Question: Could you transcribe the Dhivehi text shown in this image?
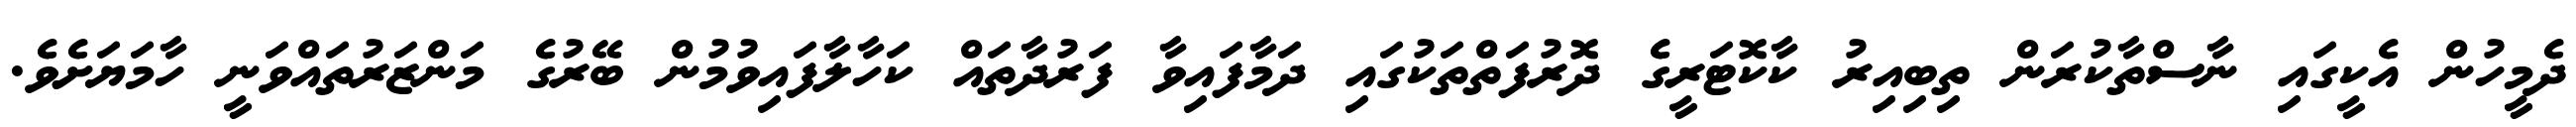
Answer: ދެމީހުން އެކީގައި ނާސްތާކުރަން ތިބިއިރު ކާކޮޓަރީގެ ދޮރުފަތްތަކުގައި ދަމާފައިވާ ފަރުދާތައް ކަހާލާފައިވުމުން ބޭރުގެ މަންޒަރުތައްވަނީ ހާމަޔަށެވެ.